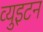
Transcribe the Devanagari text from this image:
व्युइटन